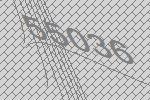
55036